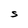
Character: S